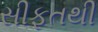
સીફતથી